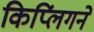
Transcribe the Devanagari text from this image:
किप्लिंगने